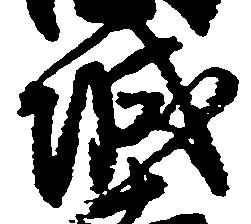
城